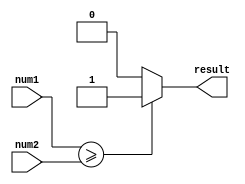
module greater_than_or_equal (
    input wire [31:0] num1,
    input wire [31:0] num2,
    output reg result
);

always @(*) begin
    if (num1 >= num2) begin
        result = 1;
    end else begin
        result = 0;
    end
end

endmodule